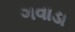
ગવાડા